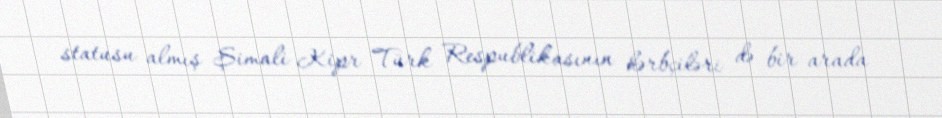
statusu almış Şimali Kipr Türk Respublikasının hərbçiləri də bir arada